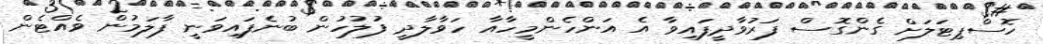
ހޮސްޕިޓަލަށް ގެންގޮސް ފަރުވާދީފައިވާ އެ އަންހެންމީހާއާ ހަވާލާދީ ފުލުހުން ބުނެފައިވަނީ ފާލަމުން ވެއްޓެން